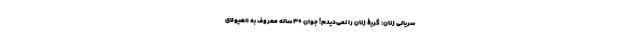
سریالی زنان: گریۀ زنان را نمی‌دیدم! جوان ۳۰ ساله معروف به «هیولای